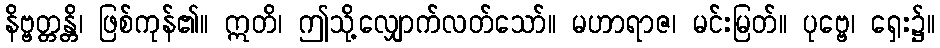
နိဗ္ဗတ္တန္တိ၊ ဖြစ်ကုန်၏။ ဣတိ၊ ဤသို့လျှောက်လတ်သော်။ မဟာရာဇ၊ မင်းမြတ်။ ပုဗ္ဗေ၊ ရှေး၌။